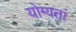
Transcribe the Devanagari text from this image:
योग्यतां